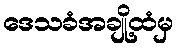
ဒေသခံအချို့ထံမှ